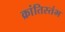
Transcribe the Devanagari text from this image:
क्रांतिस्तंभ